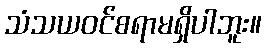
သံသယဝင်စရာမရှိပါဘူး။